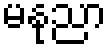
မနုညာ